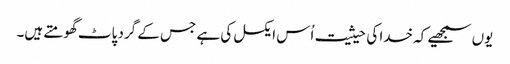
یوں سمجھیے کہ خدا کی حیثیت اُس ایکسل کی ہے جس کے گرد پاٹ گھومتے ہیں۔